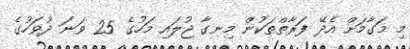
މި މަގާމަށް އެދޭ ފަރާތްތަކުން މިނގާ ޖުލައި މަހުގެ 25 ވަނަ ދުވަހުގެ